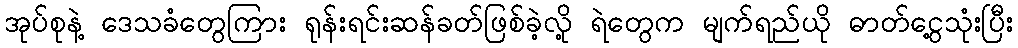
အုပ်စုနဲ့ ဒေသခံတွေကြား ရုန်းရင်းဆန်ခတ်ဖြစ်ခဲ့လို့ ရဲတွေက မျက်ရည်ယို ဓာတ်ငွေ့သုံးပြီး